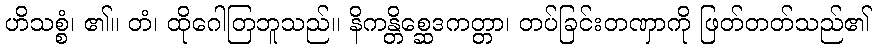
ဟိသစ္စံ၊ ၏။ တံ၊ ထိုဂေါတြဘူသည်။ နိကန္တိစ္ဆေဒကတ္တာ၊ တပ်ခြင်းတဏှာကို ဖြတ်တတ်သည်၏